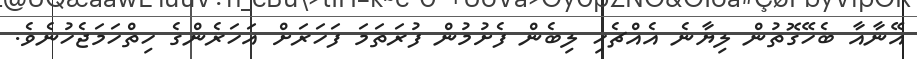
އޭނާއާ ބެހޭގޮތުން ލިޔާނެ އެއްޗެހި ލިބެން ފެށުމުން ފުރަތަމަ ފަހަރަށް އަހަރެންގެ ހިތްހަމަޖެހުނެވެ.